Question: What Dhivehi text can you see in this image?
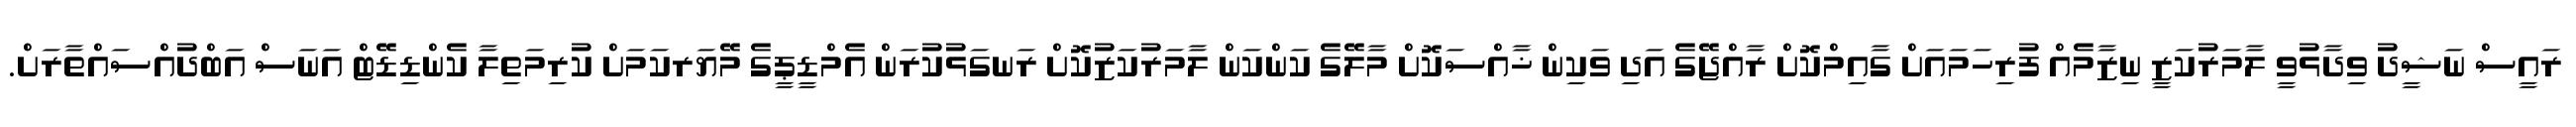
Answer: ރައީސް ނަޝީދު ވިދާޅުވީ ލާމަރުކަޒީ ނިޒާމެއް ފުރިހަމައަށް ގާއިމްކޮށް ރާއްޖޭގެ އަދި ވަކިން ޚާއްސަކޮށް މާލޭގެ ކަންކަން ލާމަރުކަޒުކޮށް ރަނގަޅުކުރަން އެމްޑީޕީގެ މޭޔަރކަމަށް ކުރިމަތިލާ ކެންޑިޑޭޓް އަނަސް އަބްދުއްސައްތާރަށް.